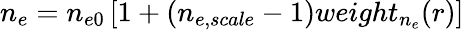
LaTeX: n_{e}=n_{e0}\left[1+\left(n_{e,scale}-1\right)weight_{n_{e}}(r)\right]